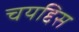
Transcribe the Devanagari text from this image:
चयद्दिस